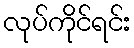
လုပ်ကိုင်ရင်း